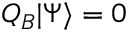
Q _ { B } | \Psi \rangle = 0